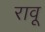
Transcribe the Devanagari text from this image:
रावू